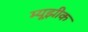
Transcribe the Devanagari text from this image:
म्यूझीक